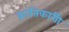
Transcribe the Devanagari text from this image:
क्रांतिकारीी